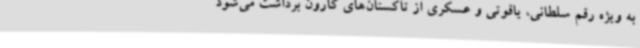
به ویژه رقم سلطانی، یاقوتی و عسکری از تاکستان‌های کارون برداشت می‌شود